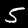
Label: 5